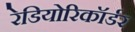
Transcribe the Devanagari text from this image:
रेडियोरिकॉर्डर